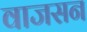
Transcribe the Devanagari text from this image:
वाजसन